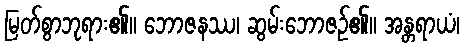
မြတ်စွာဘုရား၏။ ဘောဇနဿ၊ ဆွမ်းဘောဇဉ်၏။ အန္တရာယံ၊